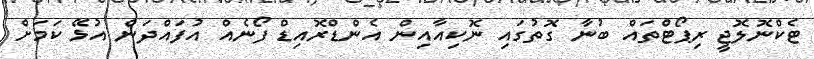
ޓެކްނޮލޮޖީ ރިޕޯޓްތައް ބުނާ ގޮތުގައި ނޮކިއާއިން އެންޑްރޮއިޑް ފޯނެއް އުފައްދަން އުޅޭ ކަމަށް